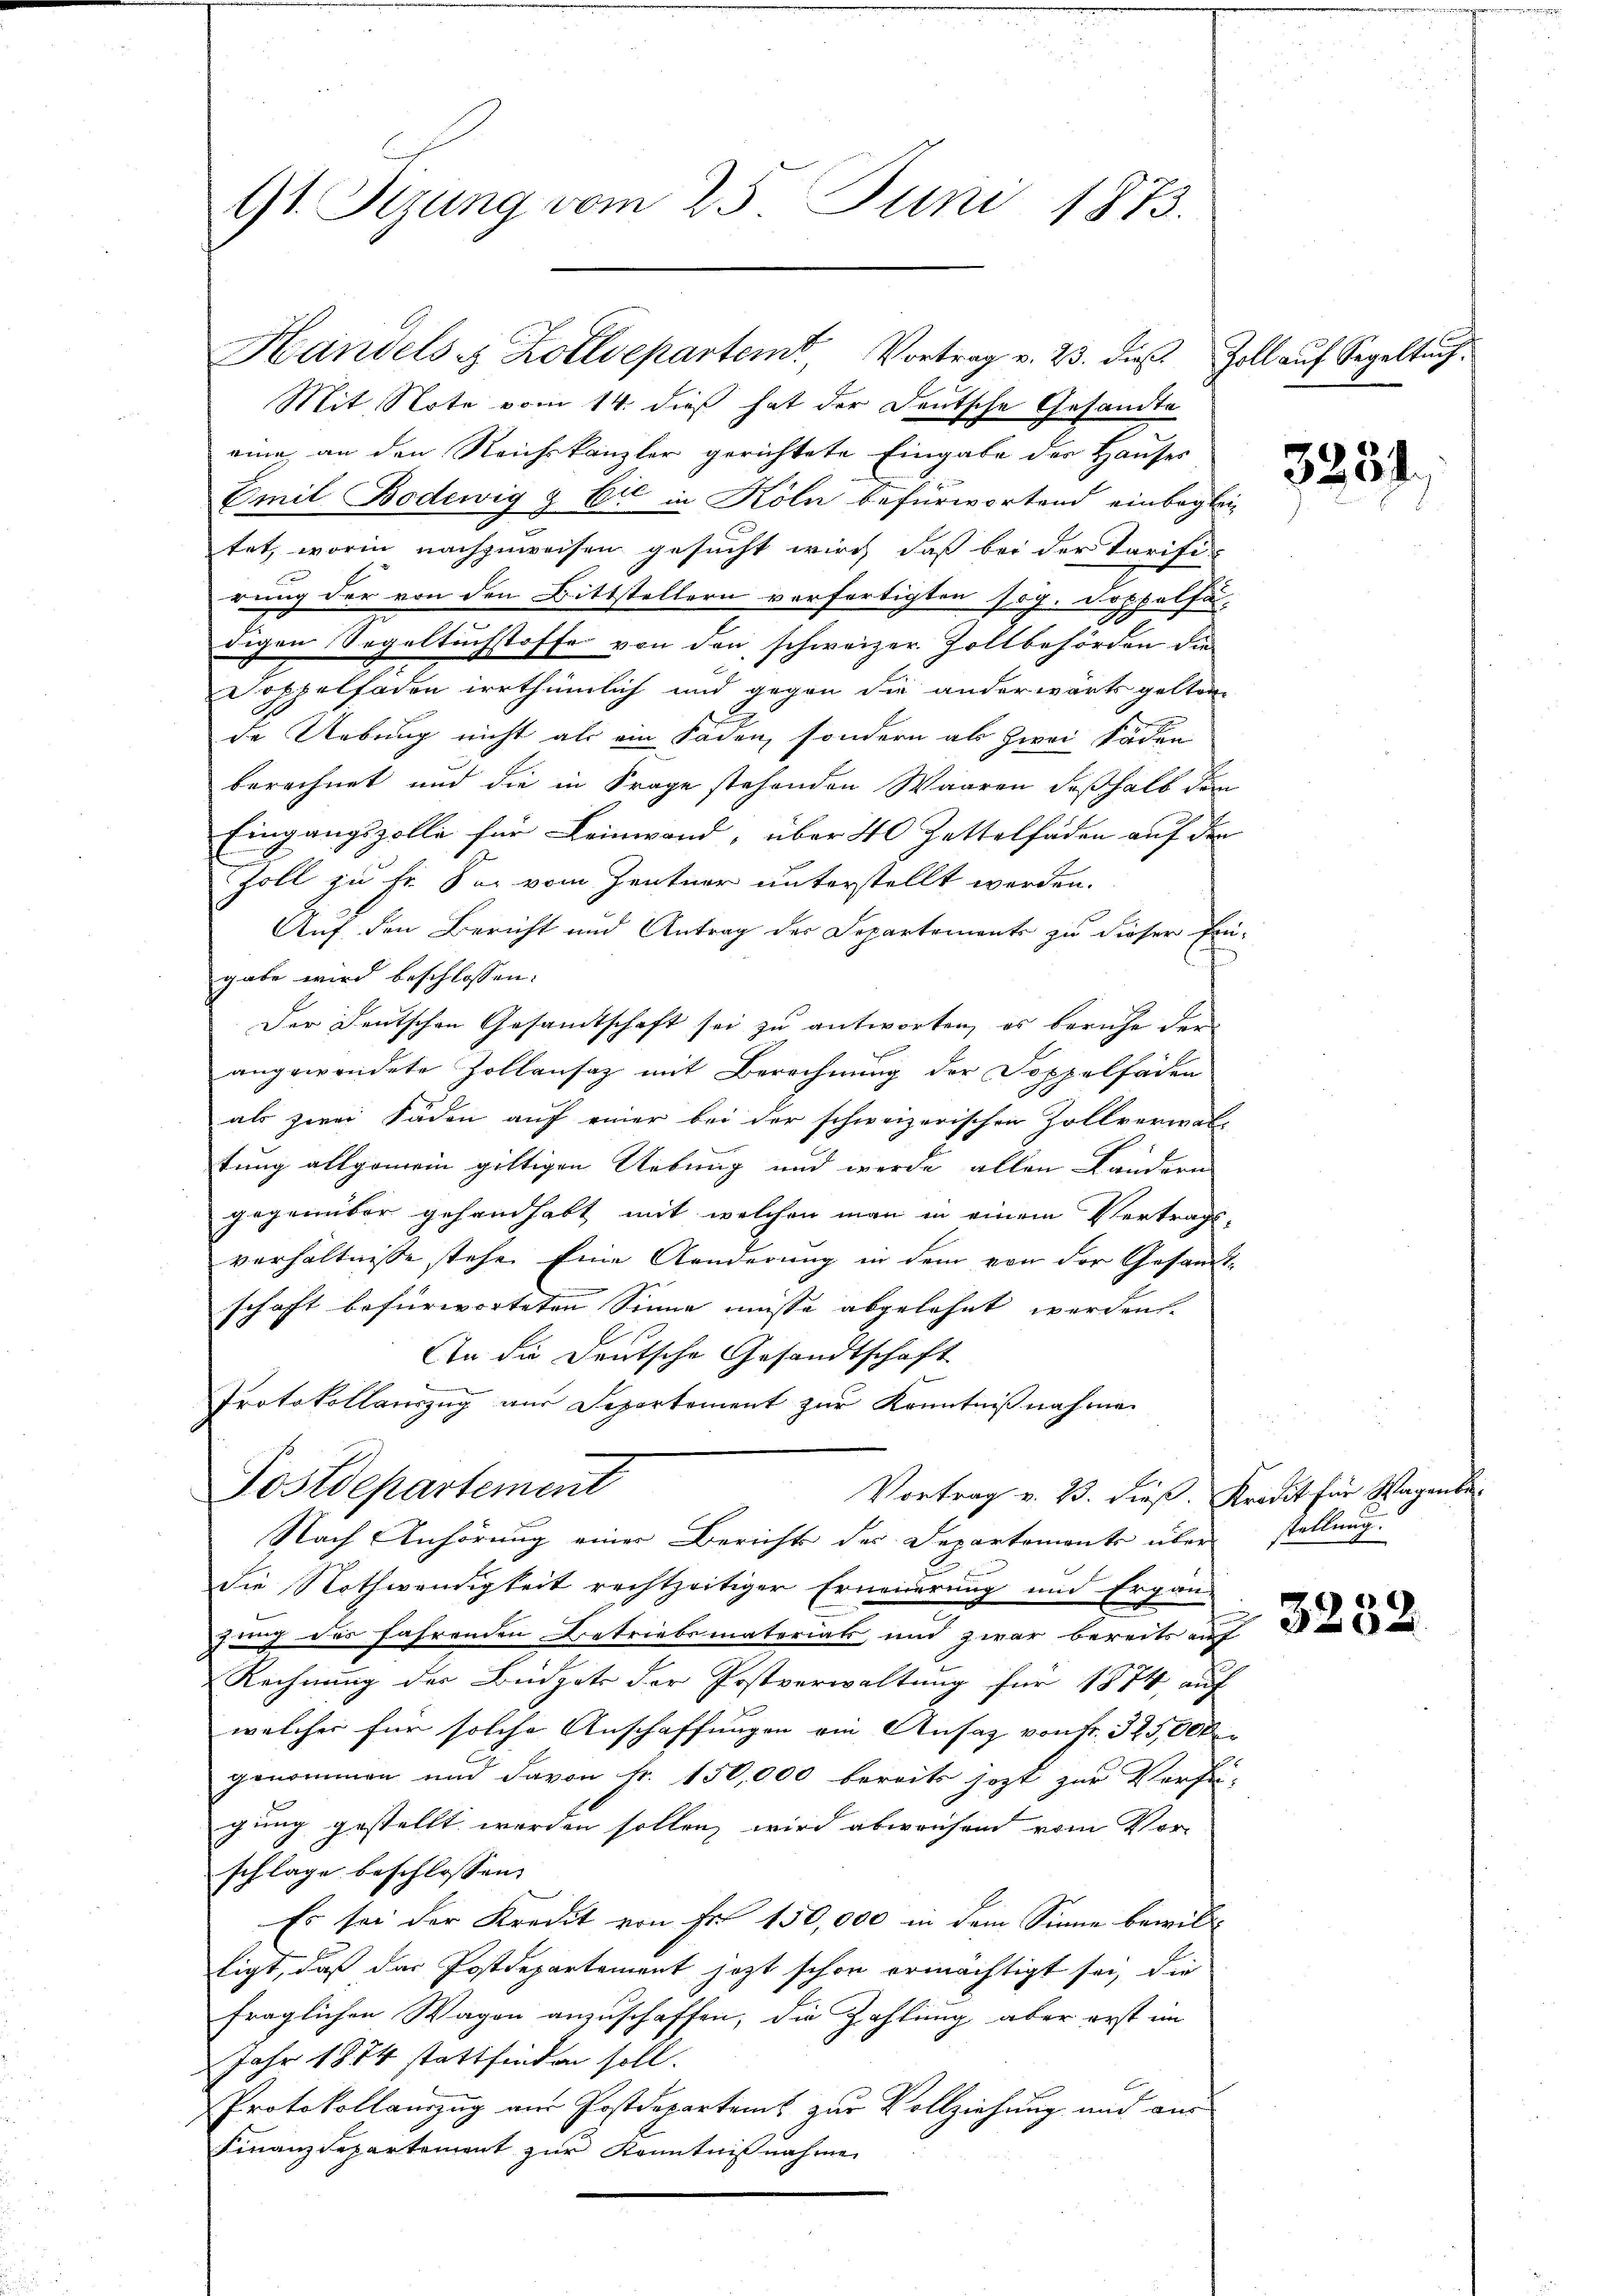
G1. Sizung vom 25. Juni 1873.

Mit Note vom 14. dieß hat der Deutsche Gesandte
eine an den Reichskanzler gerichtete Eingabe des Hauses
Emil Bodewig & Cie in Köln befürwortend einbegleitet, worin nachzuweisen gesucht wird, daß bei der Tarifi-
rung der von den Bittstellern verfertigten sog. Doppelfä
digen Segeltuchstoffe von den schweizer. Zollbehörden die
doppelfaden irrthümlich und gegen die anderwärts gelten,
de Uebung nicht als ein Faden, sondern als zwei köden
berechnet und die in Frage stehenden Waaren deßhalb dem
Eingangszolle für Leinwand, über 40 Zettelfäden auf den
Zoll zu Fr. Sei vom Zentner unterstellt werden.
Auf den Bericht und Antrag der Departements zu dieser Eingabe wird beschlossen:
Der Deutschen Gesamtschaft sei zu antworten, es beruhe der
angewendete Zollensatz mit Berechnung der Doppelfäden
als zwei Fäden auf einer bei der schweizerischen Zollverwal-
tung allgemein gültigen Uebung und werde allen Landern
gegenüber gehandhabt mit welchen man in einem Vertrags-
verhältnisse stehe. Eine Aenderung in dem von der Gesamt-
schaft befürworteten Sinne müsse abgelehnt werden.
An die Deutsche Gesandtschaft
Protokollauszug aus Separtement zur Kenntnißnahmen
Postdepartement
Vortrag v. 23. dieß. Kredit für Wagenbr
Nach Anhörung einer Berichts des Departemente über stellung.
die Nothwendigkeit rechtzeitiger Erneuerung und Ergän-
gung des fahrenden Betriebsmateriats und zwar bereits auf
Rechnung der Büdgets der Postverwaltung für 1874 auf
welcher für solche Anschaffungen ein Ansatz von Fr. 325,000
genommen und davon Fr. 150,000 bereits jezt zur Verfü-
gung gestellt werden sollen, wird abweisen vom Vor-
schlage beschlossen:
Es sei der Kredit von Fr. 150,000 in dem Sinne bewilltigt, daß das Postdepartement jetzt schon ermächtigt sei, die
fraglichen Wagen anzuschaffen, die Zahlung aber erst im
Jahr 1884 stattfinden soll.
6
Protokollauszug aus Postdepartems zur Vollziehung und aus
Finanzdepartement zur Kenntnißnahme

Handels & Zolldepartem Vortrag v. 23. dies Zoll auf Segeltuch

3254.

3252